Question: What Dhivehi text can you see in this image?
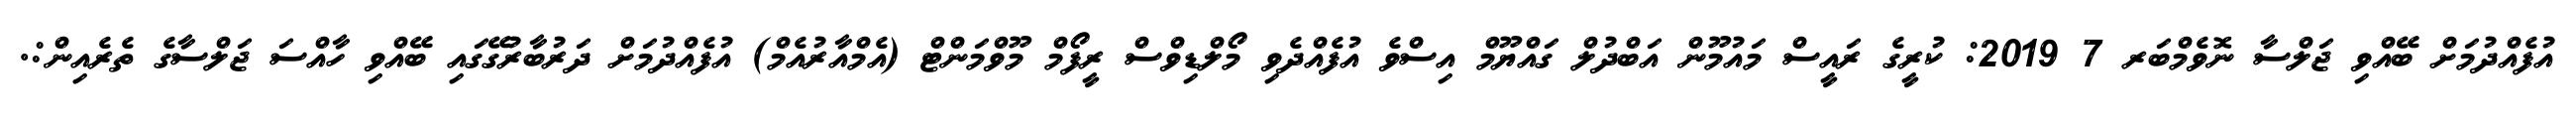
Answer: އުފެއްދުމަށް ބޭއްވި ޖަލްސާ ނޮވެމްބަރ 7 2019: ކުރީގެ ރައީސް މައުމޫން އަބްދުލް ގައްޔޫމް އިސްވެ އުފެއްދެވި މޯލްޑިވްސް ރީފޯމް މޫވްމަންޓް (އެމްއާރުއެމް) އުފެއްދުމަށް ދަރުބާރުގޭގައި ބޭއްވި ހާއްސަ ޖަލްސާގެ ތެރެއިން:.